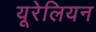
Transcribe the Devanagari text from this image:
यूरेलियन